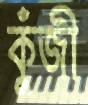
কুঁজী